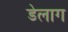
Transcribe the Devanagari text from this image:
डेलाग